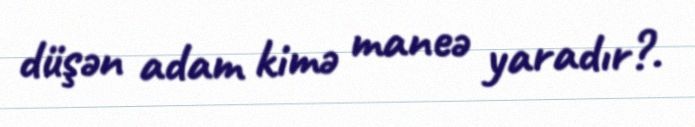
düşən adam kimə maneə yaradır?.